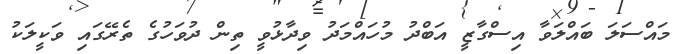
މައްސަލަ ބައްލަވާ އިސްގާޒީ އަބްދު މުހައްމަދު ވިދާޅުވީ ތިން ދުވަހުގެ ތެރޭގައި ވަކީލަކު